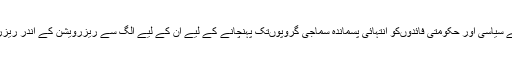
پہلا، پچھڑے طبقے کے سیاسی اور حکومتی فائدوںکو انتہائی پسماندہ سماجی گروپوںتک پہنچانے کے لیے ان کے لیے الگ سے ریزرویشن کے اندر ریزرویشن کا بندو بست کیا۔